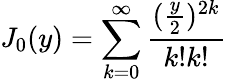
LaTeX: {\mathit J_{0}}(y)=\sum_{k=0}^{\infty}\frac{(\frac{y}{2})^{2k}}{k!k!}